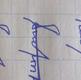
Signature authenticity: forged